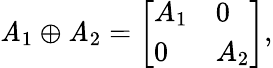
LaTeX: \mathit{A}_{1}\oplus\mathit{A}_{2}={\left[\begin{array}{ll}{A_{1}}&{0}\\ {0}&{A_{2}}\end{array}\right]},